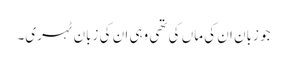
جو زبان ان کی ماں کی تھی وہی ان کی زبان ٹہری۔